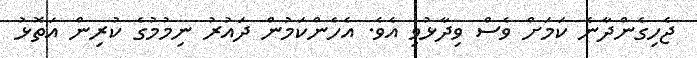
ޖެހިގެންދާނެ ކަމަށް ވެސް ވިދާޅުވި އެވެ. އެހެންކަމުން ދައުރު ނިމުމުގެ ކުރިން އަތޮޅު